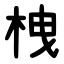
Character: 栧